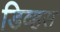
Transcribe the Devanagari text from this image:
डिव्हस